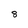
Character: 8